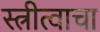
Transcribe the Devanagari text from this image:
स्त्रीत्वाचा